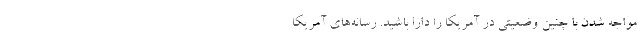
مواجه شدن با چنین وضعیتی در آمریکا را دارا باشید. رسانه‌های آمریکا